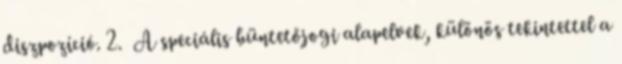
diszpozíció. 2. A speciális büntetőjogi alapelvek, különös tekintettel a